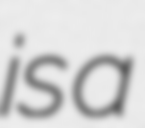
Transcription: is a